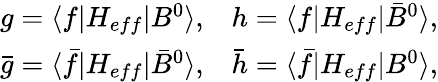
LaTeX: \begin{array}{ll}{{g=\langle f|H_{eff}|B^{0}\rangle,}}&{{h=\langle f|H_{eff}|\bar{B}^{0}\rangle,}}\\ {{\bar{g}=\langle\bar{f}|H_{eff}|\bar{B}^{0}\rangle,}}&{{\bar{h}=\langle\bar{f}|H_{eff}|B^{0}\rangle,}}\end{array}